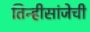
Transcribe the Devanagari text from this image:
तिन्हीसांजेची